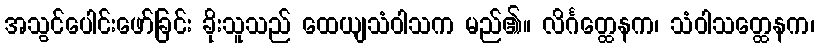
အသွင်ပေါင်းဖော်ခြင်း ခိုးသူသည် ထေယျသံဝါသက မည်၏။ လိင်္ဂတ္ထေနက၊ သံဝါသတ္ထေနက၊